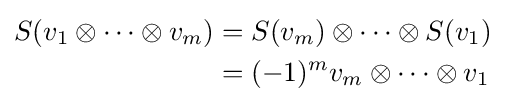
{\begin{aligned}S(v_{1}\otimes \cdots \otimes v_{m})&=S(v_{m})\otimes \cdots \otimes S(v_{1})\\&=(-1)^{m}v_{m}\otimes \cdots \otimes v_{1}\end{aligned}}